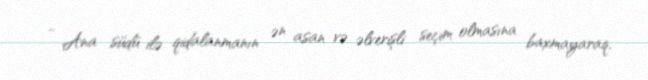
- Ana südü ilə qidalanmanın ən asan və əlverişli seçim olmasına baxmayaraq,